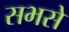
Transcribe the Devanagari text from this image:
सभसे